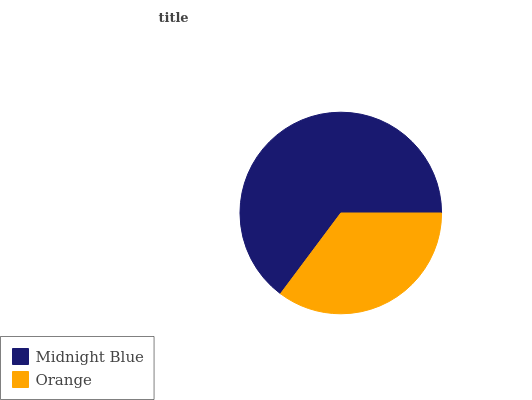
| Midnight Blue | Orange |
 | --- | --- |
 | 64.8% | 35.2% |